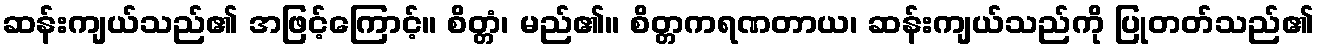
ဆန်းကျယ်သည်၏ အဖြင့်ကြောင့်။ စိတ္တံ၊ မည်၏။ စိတ္တကရဏတာယ၊ ဆန်းကျယ်သည်ကို ပြုတတ်သည်၏